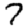
Digit: 7